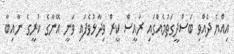
އިއްޔެ ދެއްވި ބަސްދީގަތުމެއްގައި ރައީސް ކީރް ވިދާޅުވެފައި ވަނީ އޭނާގެ ކުރީގެ ނާއިބާ